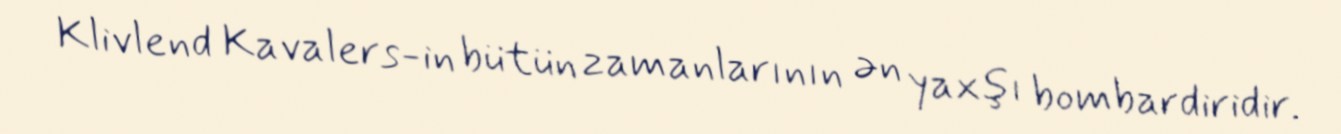
Klivlend Kavalers-in bütün zamanlarının ən yaxşı bombardiridir.